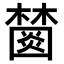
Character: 𣞖